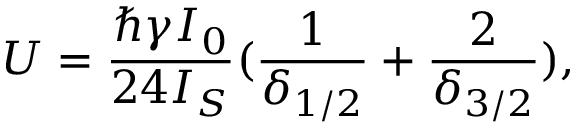
U = \frac { \hbar \gamma I _ { 0 } } { 2 4 I _ { S } } ( \frac { 1 } { \delta _ { 1 / 2 } } + \frac { 2 } { \delta _ { 3 / 2 } } ) ,